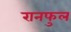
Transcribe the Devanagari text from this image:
रानफुल